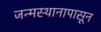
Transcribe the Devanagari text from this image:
जन्मस्थानापासून